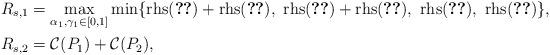
LaTeX: \begin{align*} R_{s,1}&=\max_{\alpha_1,\gamma_1\in[0,1]}\min\{\textrm{rhs}(\ref{rs2b})+\textrm{rhs}(\ref{rs2d}),\ \textrm{rhs}(\ref{rs2b})+\textrm{rhs}(\ref{rs2e}),\ \textrm{rhs}(\ref{rs2f}),\ \textrm{rhs}(\ref{rs2g})\},\\ R_{s,2}&=\mathcal{C}(P_1)+\mathcal{C}(P_2),\end{align*}